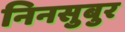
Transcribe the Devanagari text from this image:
निनसुबुर